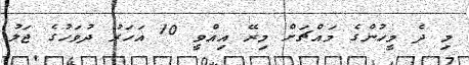
މި ދެ މީހުންގެ މައްޗަށް މިރޭ އިއްވީ 10 އަހަރު ދުވަހުގެ ޖަލު